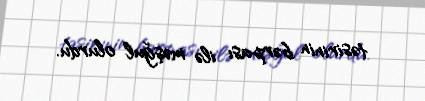
təsirinin bərpası ilə məşğul olurdu.